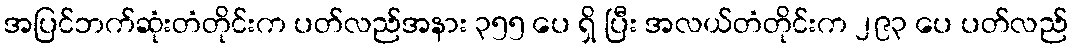
အပြင်ဘက်ဆုံးတံတိုင်းက ပတ်လည်အနား ၃၅၅ ပေ ရှိ ပြီး အလယ်တံတိုင်းက ၂၉၃ ပေ ပတ်လည်